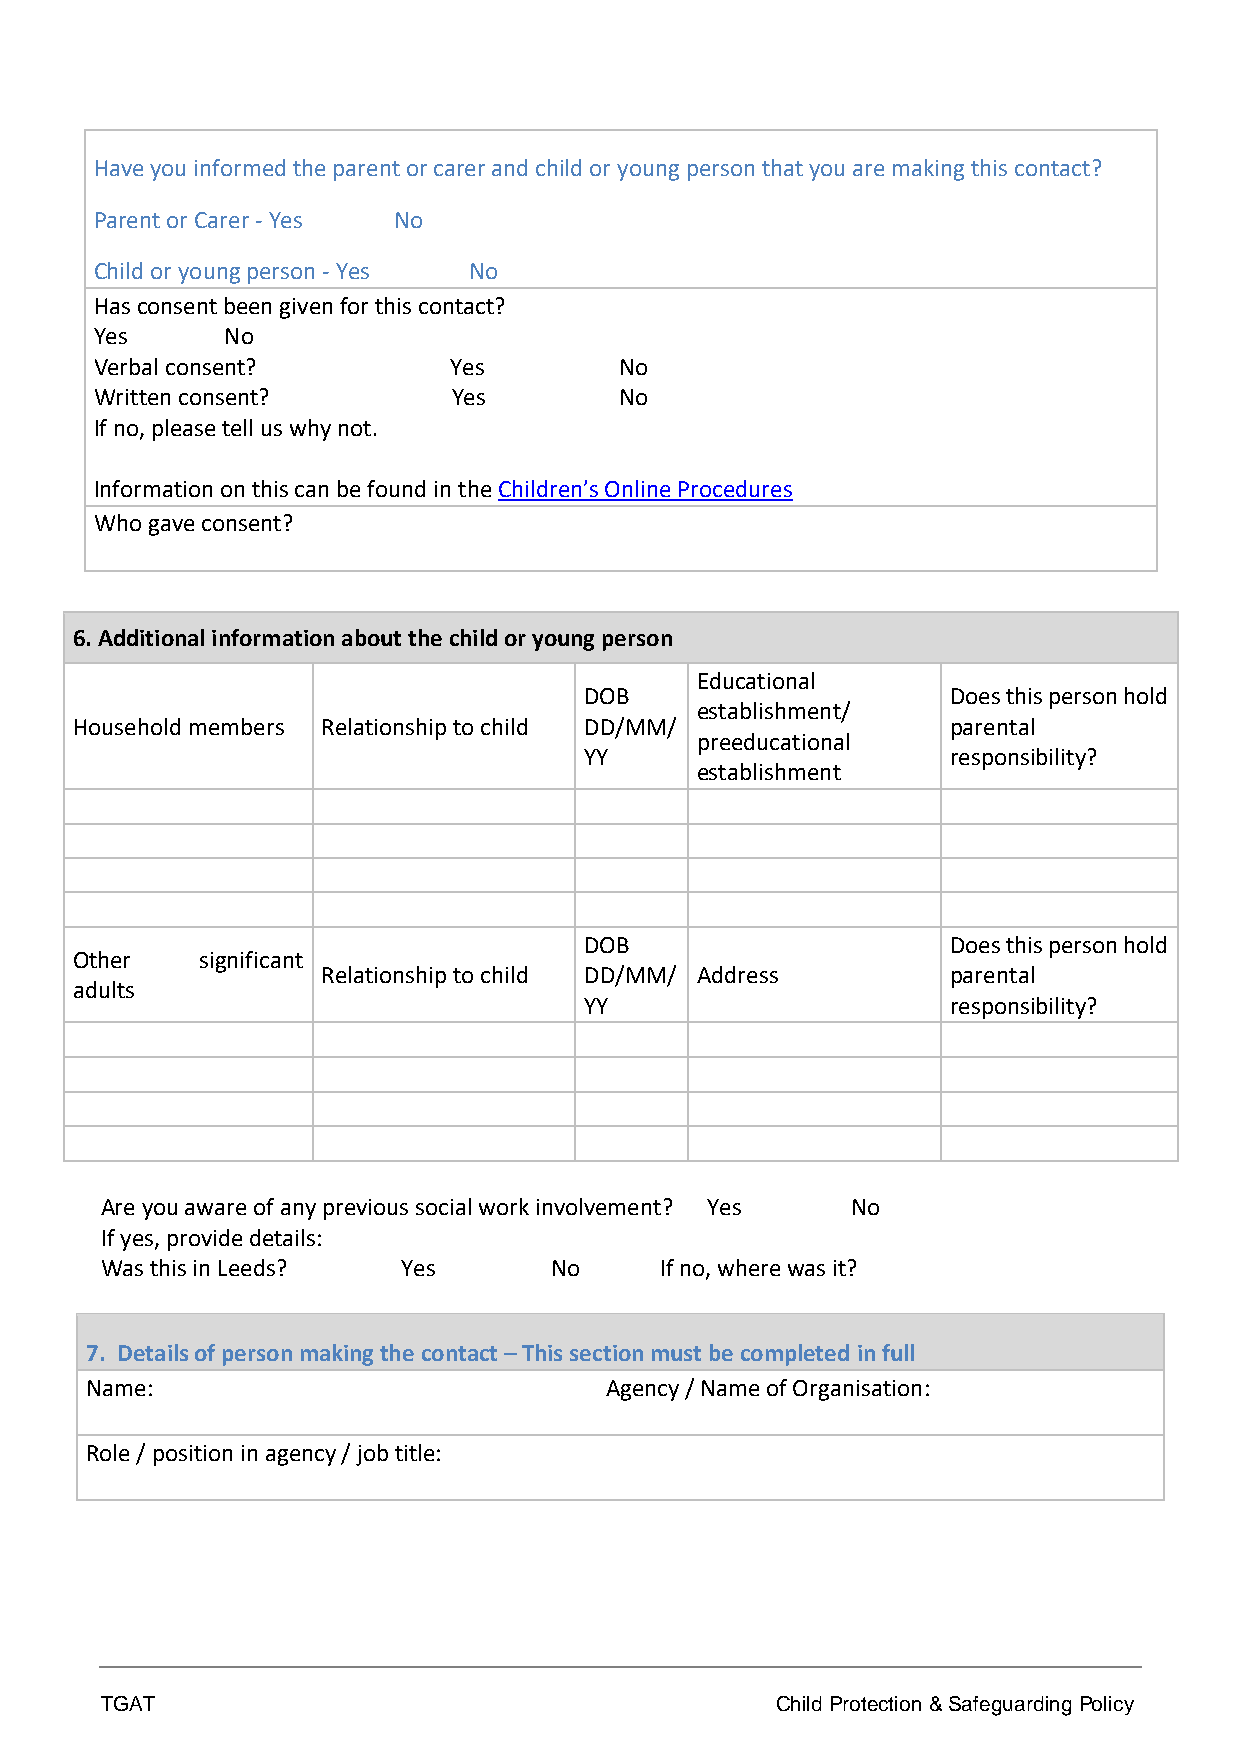
Have you informed the parent or carer and child or young person that you are making this contact?
 Parent or Carer - Yes No
 Child or young person - Yes No
 Has consent been given for this contact?
 Yes      No
 Verbal consent?         Yes        No
 Written consent?        Yes        No
 If no, please tell us why not.
 Information on this can be found in the Children’s Online Procedures
 Who gave consent?
 6. Additional information about the child or young person
 Educational
 DOB                     Does this person hold
 establishment/
 Household members Relationship to child DD/MM/            parental
 preeducational
 YY                      responsibility?
 establishment
 DOB                     Does this person hold
 Other   significant
 Relationship to child DD/MM/ Address      parental
 adults
 YY                      responsibility?
 Are you aware of any previous social work involvement? Yes No
 If yes, provide details:
 Was this in Leeds?  Yes      No      If no, where was it?
 7. Details of person making the contact – This section must be completed in full
 Name:                             Agency / Name of Organisation:
 Role / position in agency / job title:
 TGAT                                        Child Protection & Safeguarding Policy